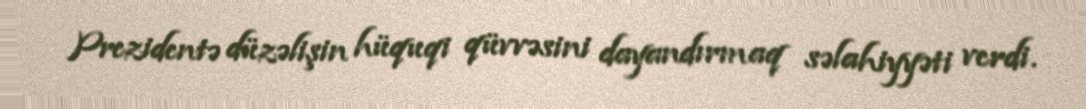
Prezidentə düzəlişin hüquqi qüvvəsini dayandırmaq səlahiyyəti verdi.